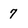
Character: 7